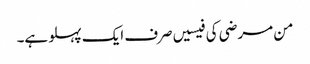
من مرضی کی فیسیں صرف ایک پہلو ہے۔